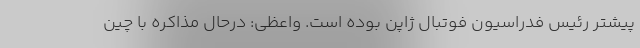
پیشتر رئيس فدراسیون فوتبال ژاپن بوده است. واعظی: درحال مذاکره با چین